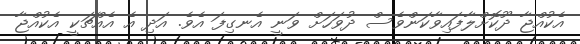
އެކުއްޖާ ދޫކޮށްލާފައިވާކަންވެސް ދުވަހަށް ވަނީ އެނގިފަ އެވެ. އަދި އެ އެއްޗަކީ އެކުއްޖާ